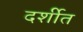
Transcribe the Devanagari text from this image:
दर्शीत